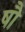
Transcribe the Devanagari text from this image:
षौ